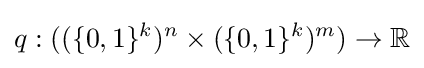
q:((\{0,1\}^{k})^{n}\times (\{0,1\}^{k})^{m})\rightarrow \mathbb {R} \,\!